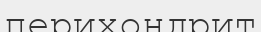
перихондрит